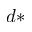
d *